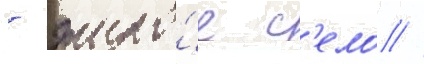
- жило́е с'ело //